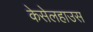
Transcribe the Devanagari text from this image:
केसेलहाउस